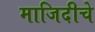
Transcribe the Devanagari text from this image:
माजिदीचे